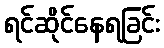
ရင်ဆိုင်နေရခြင်း